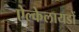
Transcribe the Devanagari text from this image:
ऐल्केलायडों